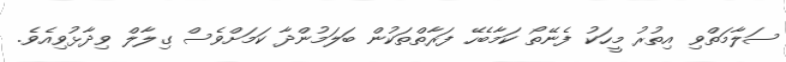
ސަލާމަތްވި އިތުރު މީހަކު ފެނޭތޯ ކަމާބެހޭ ފަރާތްތަކުން ބަލަމުންދާ ކަމަށްވެސް ގިލާލް ވިދާޅުވިއެވެ.